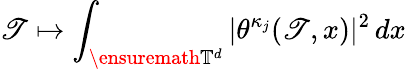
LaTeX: \mathscr{T}\mapsto\int_{\ensuremath{{\mathbb{{T}}}}^{d}}|\theta^{\kappa_{j}}(\mathscr{T},x)|^{2}\, dx